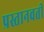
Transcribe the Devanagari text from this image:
प्रस्तानवती